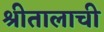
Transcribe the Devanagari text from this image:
श्रीतालाची